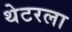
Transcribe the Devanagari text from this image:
थेटरला